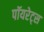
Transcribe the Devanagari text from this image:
पॉयरेट्स